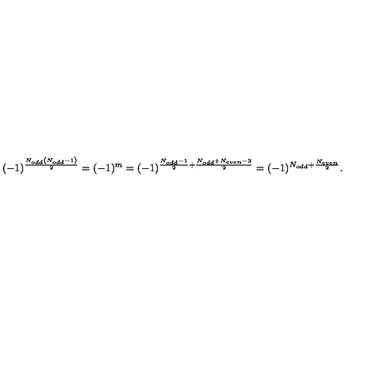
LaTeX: ( - 1 ) ^ { \frac { N _ { o d d } \left( N _ { o d d } - 1 \right) } { 2 } } = ( - 1 ) ^ { m } = ( - 1 ) ^ { \frac { N _ { o d d } - 1 } { 2 } + \frac { N _ { o d d } + N _ { e v e n } - 3 } { 2 } } = ( - 1 ) ^ { N _ { o d d } + \frac { N _ { e v e n } } { 2 } } .